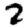
Digit: 2